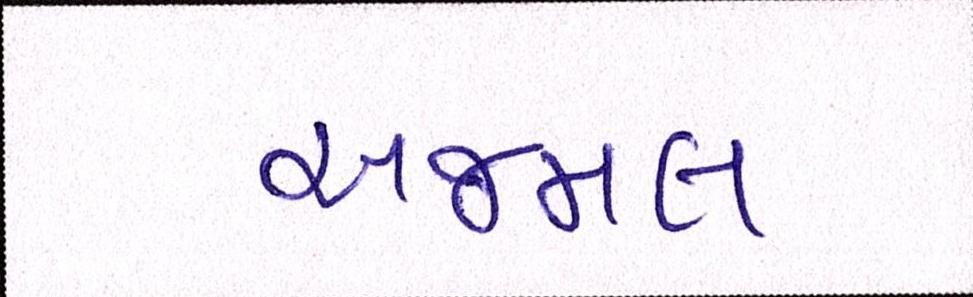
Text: અજમલ